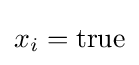
x_{i}={\text{true}}